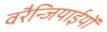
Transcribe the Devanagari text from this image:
वरैन्जियाईयों